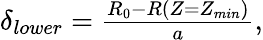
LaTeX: \begin{array}{r}{\delta_{lower}=\frac{R_{0}-R(Z=Z_{min})}{a},}\end{array}